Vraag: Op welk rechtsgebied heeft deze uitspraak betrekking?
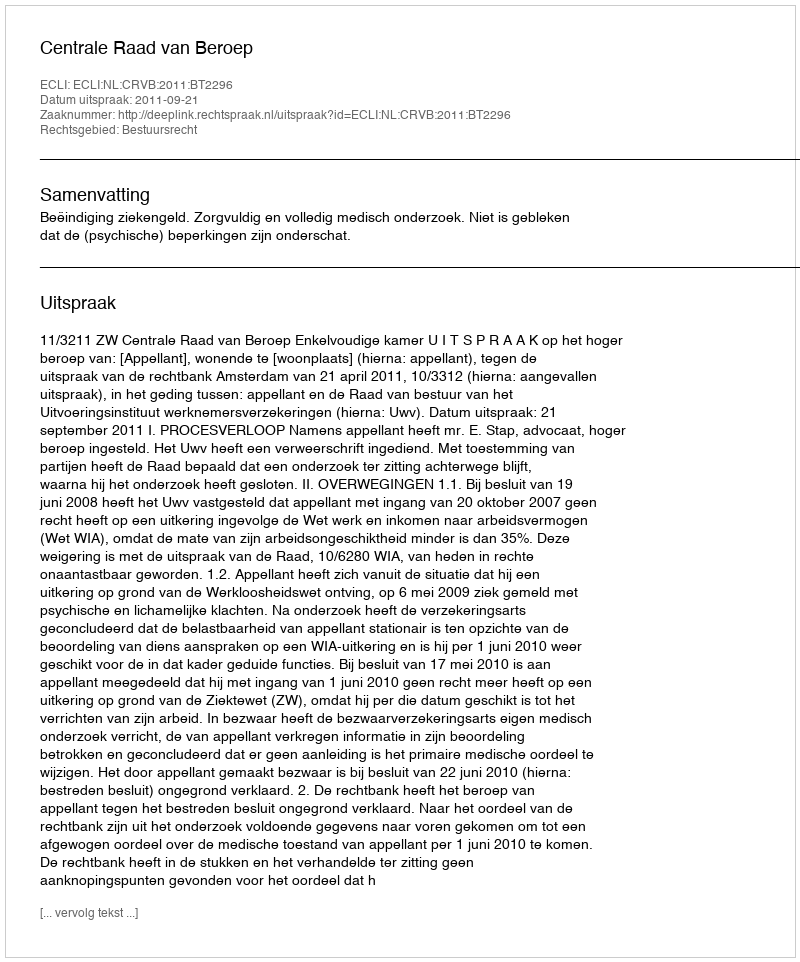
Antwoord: Bestuursrecht